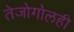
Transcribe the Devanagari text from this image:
तेजोगोलही